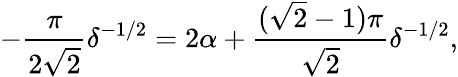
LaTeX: -\frac{\pi}{2\sqrt{2}}\delta^{-1/2}=2\alpha+\frac{(\sqrt{2}-1)\pi}{\sqrt{2}}\delta^{-1/2},